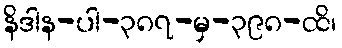
နိဒါန-ပါ-၃၈၇-မှ-၃၉၈-ထိ၊